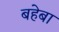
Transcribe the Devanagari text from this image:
बहेबा